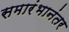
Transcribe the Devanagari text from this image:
समारंभानंतर